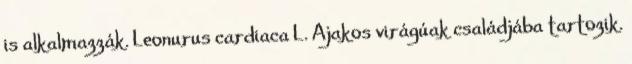
is alkalmazzák. Leonurus cardiaca L. Ajakos virágúak családjába tartozik.